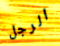
الرجل